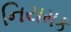
નિયમક